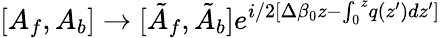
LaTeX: [A_{f},A_{b}]\rightarrow[\tilde{A}_{f},\tilde{A}_{b}]e^{i/2[\Delta\beta_{0}z-{\int_{0}}^{z}q(z^{\prime})dz^{\prime}]}